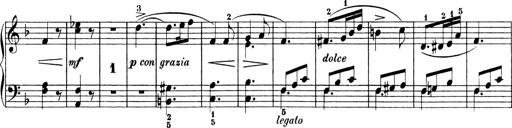
Title: Sonatinen Op.47, 98 und 136, nebst 6 Liedersonatinen
Composer: Carl Reinecke